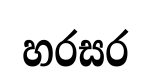
හරසර